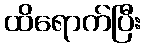
ထိရောက်ပြီး